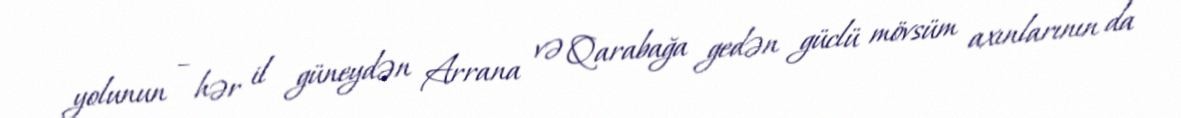
yolunun – hər il güneydən Arrana və Qarabağa gedən güclü mövsüm axınlarının da